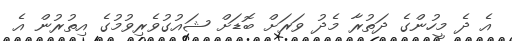
އެ ދެ މީހުންގެ ދަތުރާ މެދު ވަރަށް ބޮޑަށް ޝައުގުވެރިވުމުގެ އިތުރުން އެ